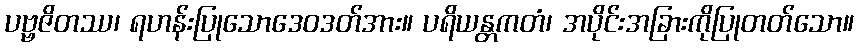
ပဗ္ဗဇိတဿ၊ ရဟန်းပြုသောဒေဝဒတ်အား။ ပရိယန္တကတံ၊ အပိုင်းအခြားကိုပြုတတ်သော။